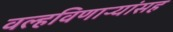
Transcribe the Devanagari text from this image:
वल्हविणाऱ्यांसह